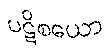
ပဋိစယော